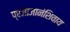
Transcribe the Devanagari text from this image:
प्रजाजानंशिवाय